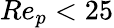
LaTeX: Re_{p}<25